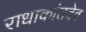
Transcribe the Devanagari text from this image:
राधाकांतदेव